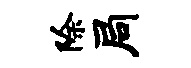
除局